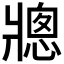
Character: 𪺠